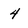
Character: 4